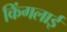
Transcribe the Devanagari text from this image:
किंगलाई